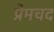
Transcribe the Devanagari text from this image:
प्रेमचद